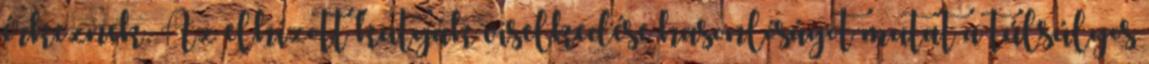
érkeznek. Az elhízott kutyák viselkedése hasonlóságot mutat a túlsúlyos